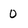
Character: 0